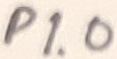
Text: P1.0